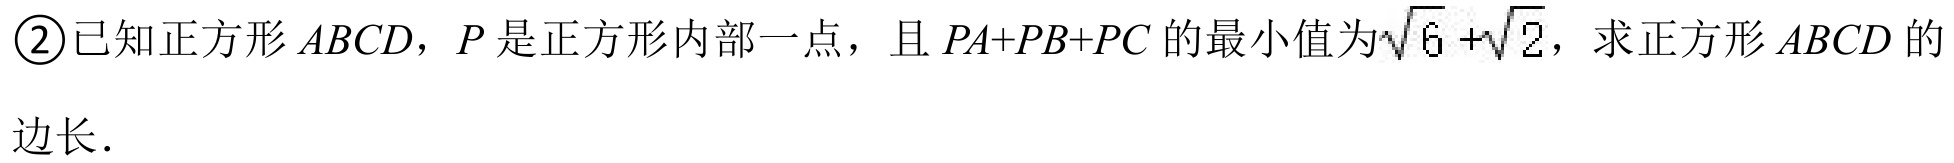
\textcircled{2}已知正方形\(ABCD\)，\(P\)是正方形内部一点，且\(PA + PB + PC\)的最小值为\(\sqrt{6}+\sqrt{2}\)，求正方形\(ABCD\)的边长．